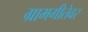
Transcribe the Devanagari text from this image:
ग्रामगीतेवर